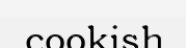
cookish